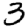
Digit: 3